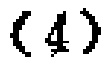
$(4)$